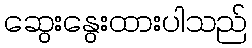
ဆွေးနွေးထားပါသည်